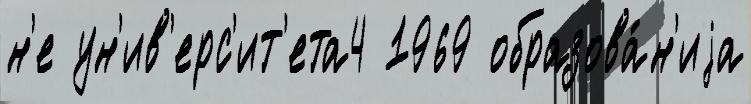
н'е ун'ив'ерс'ит'ета4 1969 образова́н'иjа